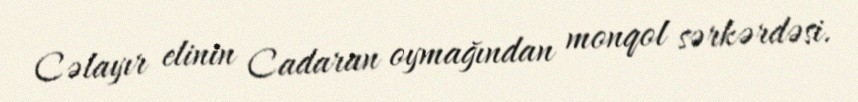
Cəlayır elinin Cadaran oymağından monqol sərkərdəsi.